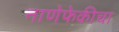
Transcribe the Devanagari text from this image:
नाणेफेकीचा